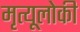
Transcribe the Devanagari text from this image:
मृत्यूलोकी